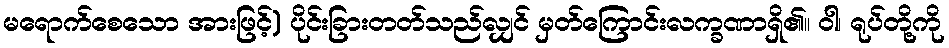
မရောက်စေသော အားဖြင့်) ပိုင်းခြားတတ်သည်လျှင် မှတ်ကြောင်းလက္ခဏာရှိ၏။ ဝါ၊ ရုပ်တို့ကို